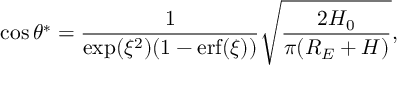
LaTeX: \cos \theta ^ { * } = \frac { 1 } { \exp ( \xi ^ { 2 } ) ( 1 - \mathrm { e r f } ( \xi ) ) } \sqrt { \frac { 2 H _ { 0 } } { \pi ( R _ { E } + H ) } } ,